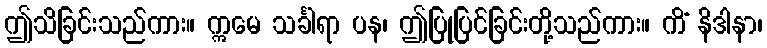
ဤသိခြင်းသည်ကား။ ဣမေ သင်္ခါရာ ပန၊ ဤပြုပြင်ခြင်းတို့သည်ကား။ ကိံ နိဒါနာ၊